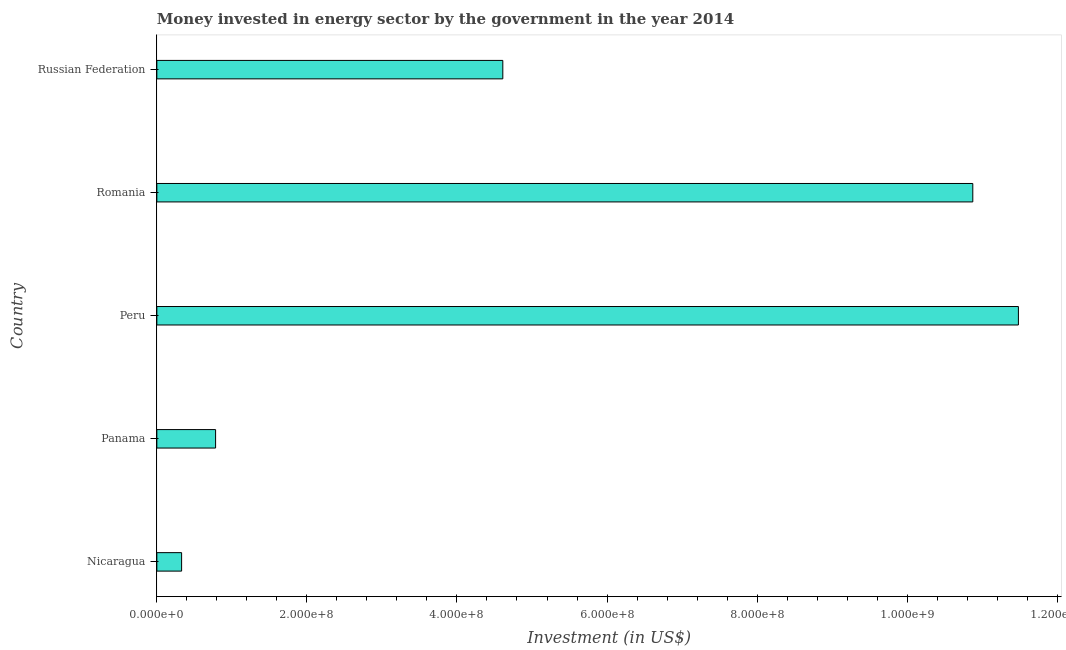
| Country | Investment in energy with private participation (current US$) |
 | --- | --- |
 | Nicaragua | 3.3e+07 |
 | Panama | 7.83e+07 |
 | Peru | 1.15e+09 |
 | Romania | 1.09e+09 |
 | Russian Federation | 4.61e+08 |